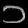
Digit: ၁